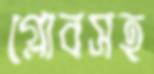
গ্লোবসহ